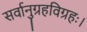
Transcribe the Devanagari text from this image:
सर्वानुग्रहविग्रहः।